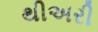
થીઅરી